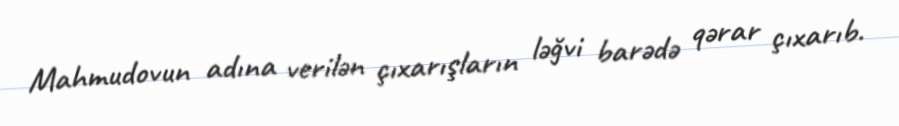
Mahmudovun adına verilən çıxarışların ləğvi barədə qərar çıxarıb.